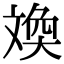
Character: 㪱